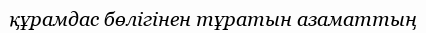
құрамдас бөлігінен тұратын азаматтың